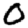
Digit: 0